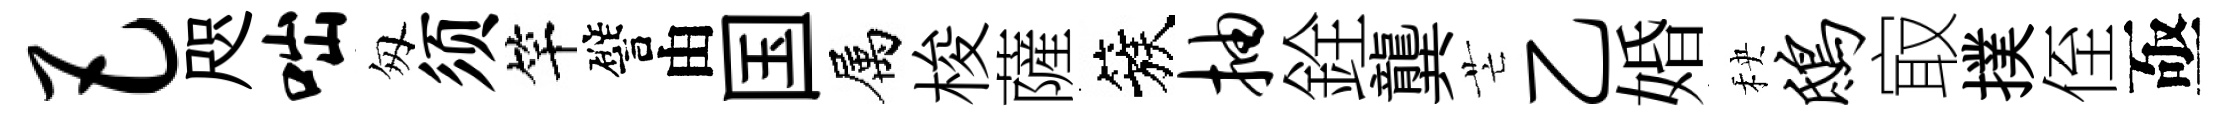
巴咫咄匆须竿譬由国属梭薩簇抽銓龔芒乙婚秧鸱㝡撲侄亟